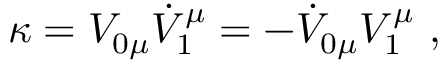
\kappa = V _ { 0 \mu } \dot { V } _ { 1 } ^ { \mu } = - \dot { V } _ { 0 \mu } V _ { 1 } ^ { \mu } ~ ,